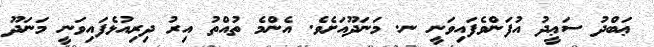
ޢަބްދު ސަޢީދު އުފަންވެފައިވަނީ ނ. މަނަދޫއަށެވެ. އެންމެ ތުއްތު އިރު ދިރިއުޅެފައިވަނީ މަނަދޫ